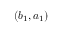
( b _ { 1 } , a _ { 1 } )